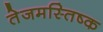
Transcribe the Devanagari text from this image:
तेजमस्तिष्क